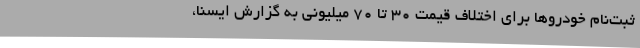
ثبت‌نام‌ خودروها برای اختلاف قیمت 30 تا 70 میلیونی به گزارش ایسنا،